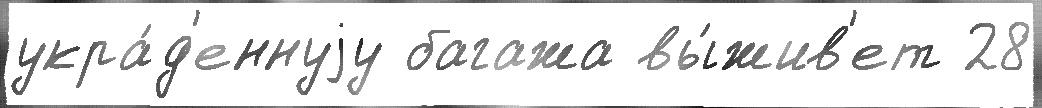
укра́д'еннуjу багажа вы́жив'ет 28